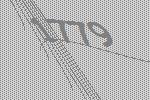
1779